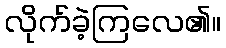
လိုက်ခဲ့ကြလေ၏။